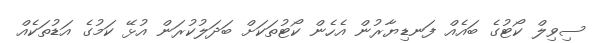
ސިވިލް ކޯޓުގެ ބައެއް ފަނޑިޔާރުން އެހެން ކޯޓުތަކަށް ބަދަލުކުރަން އުޅޭ ކަމުގެ އަޑުތަކެއް